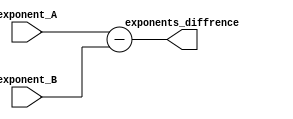
module SUB(

input      wire       [7:0]         exponent_A,
input      wire       [7:0]         exponent_B,
output     wire       [7:0]         exponents_diffrence

);


assign exponents_diffrence = exponent_A - exponent_B ;



endmodule